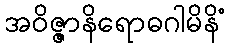
အဝိဇ္ဇာနိရောဓဂါမိနိံ